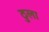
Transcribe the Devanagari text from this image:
ठुला